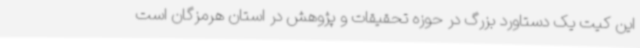
این کیت یک دستاورد بزرگ در حوزه تحقیقات و پژوهش در استان هرمزگان است